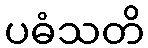
ပဓံသတိ